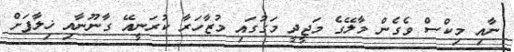
ނާއި މިކްސް ވެގެން މާލޭގެ މަޖީދީ މަގުގައި މުޒާހަރާ ކުރަނީއޭ ގާނޫނާއި ޚިލާފަށް